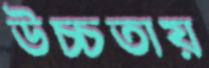
উচ্চতায়